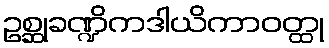
ဥစ္ဆုခဏ္ဍိကဒါယိကာဝတ္ထု